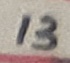
Text: 13